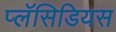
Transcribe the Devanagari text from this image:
प्लॅसिडियस